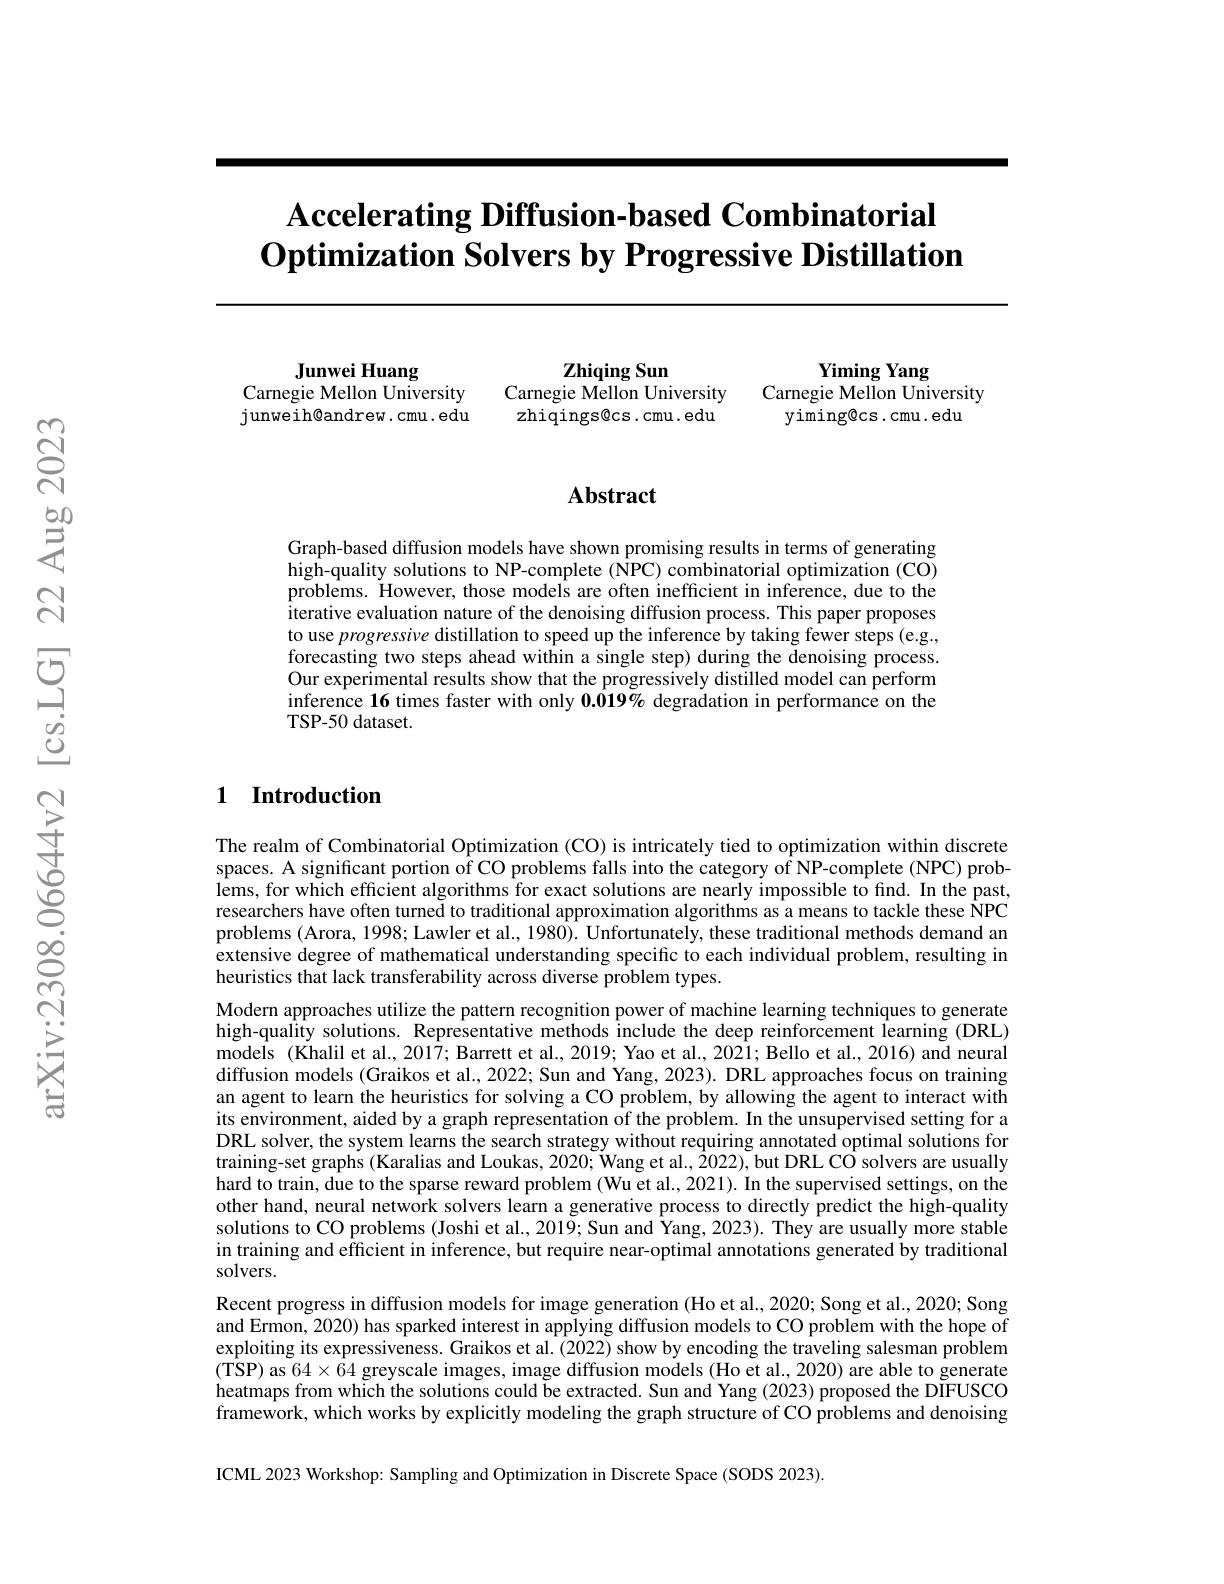
# $\textbf{Accelerating Diffusion- based Combinatorial}$ $\textbf{Optimization Solvers by Progressive Distillation}$

Junwei Huang
Carnegie Mellon University junweih@andrew.cmu.edu

Yiming Yang
Carnegie Mellon University
yiming@cs.cmu.edu

$\mathbf{ZhiqingSun}$
Carnegie Mellon University zhiqings@cs.cmu.edu

## Abstract

Graph-based diffusion models have shown promising results in terms of generating high-quality solutions to NP-complete (NPC) combinatorial optimization (CO) problems. However, those models are often inefficient in inference, due to the iterative evaluation nature of the denoising diffusion process. This paper proposes to use progressive distillation to speed up the inference by taking fewer steps (e.g., forecasting two steps ahead within a single step) during the denoising process. Our experimental results show that the progressively distilled model can perform inference 16 times faster with only $0.\bar{019\%}$ degradation in performance on the TSP-50 dataset.

### 1 Introduction

The realm of Combinatorial Optimization (CO) is intricately tied to optimization within discrete spaces. A significant portion of CO problems falls into the category of NP-complete (NPC) problems, for which efficient algorithms for exact solutions are nearly impossible to find. In the past, researchers have often turneđ to traditional approximation algorithms as a means to tackle these ÎNPC problems (Arora, 1998; Lawler et al., 1980). Unfortunately, these traditional methods demand an extensive degree of mathematical understanding specific to each individual problem, resulting in heuristics that lack transferability across diverse problem types.
Modern approaches utilize the pattern recognition power of machine learning techniques to generate high-quality solutions. Representative methods include the deep reinforcement learning (DRL) models (Khalil et al., 2017; Barrett et al., 2019; Yao et al., 2021; Bello et al., 2016) and neural diffusion models (Graikos et al., 2022; Sun and Yang, 2023). DRL approaches focus on training an agent to learn the heuristics for solving a CO problem, by allowing the agent to interact with its environment, aided by a graph representation of the problem. In the unsupervised setting for a DRL solver, the system learns the search strategy without requiring annotated optimal solutions for training-set graphs (Karalias and Loukas, 2020; Wang et al., $\hat{2}022)$, but DRL CÔ solvers are usually hard to train, due to the sparse reward problem (Wu et al., 2021). In the supervised settings, on the other hand, neural network solvers learn a generative process to directly predict the high-quality solutions to CO problems (Joshi et al., 2019; Sun and Yang, 2023). They are usually more stable in training and efficient in inference, but require near-optimal annotations generated by traditional solvers.
Recent progress in diffusion models for image generation (Ho et al., 2020; Song et al., 2020; Song and Ermon, 2020) has sparked interest in applying diffusion models to CO problem with the hope of exploiting its expressiveness. Graikos et al. (2022) show by encoding the traveling salesman problem (TSP) as 64$\times64$ greyscale images, image diffusion models (Ho et al., 2020) are able to generate heatmaps from which the solutions could be extracted. Sun and Yang (2023) proposed the DiFUSCO framework, which works by explicitly modeling the graph structure of CO problems and denoising ICML 2023 Workshop: Sampling and Optimization in Discrete Space (SODS 2023).